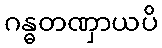
ဂန္ဓတဏှာယပိ